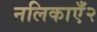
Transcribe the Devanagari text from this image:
नलिकाएँ२